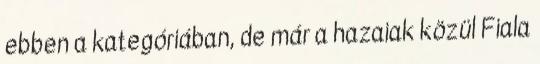
ebben a kategóriában, de már a hazaiak közül Fiala